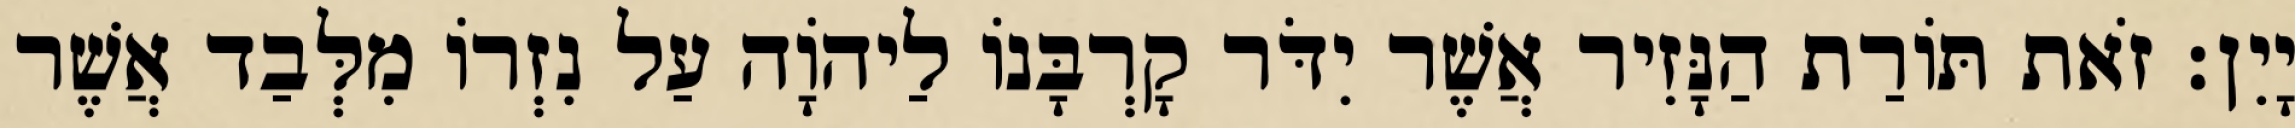
יָיִן׃ זֹאת תּוֹרַת הַנָּזִיר אֲשֶׁר יִדֹּר קָרְבָּנוֹ לַיהוָֹה עַל נִזְרוֹ מִלְּבַד אֲשֶׁר